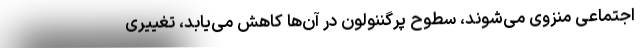
اجتماعی منزوی می‌شوند، سطوح پرگننولون در آن‌ها کاهش می‌یابد، تغییری